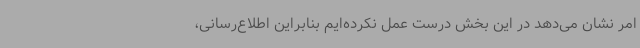
امر نشان می‌دهد در این بخش درست عمل نکرده‌ایم بنابراین اطلاع‌رسانی،